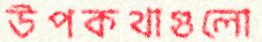
উপকথাগুলো